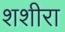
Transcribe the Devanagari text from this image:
शशीरा